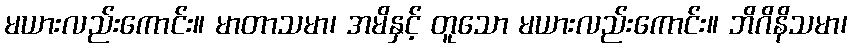
မယားလည်းကောင်း။ မာတာသမာ၊ အမိနှင့် တူသော မယားလည်းကောင်း။ ဘိဂိနိသမာ၊